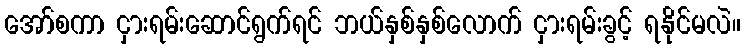
အော်စကာ ငှားရမ်းဆောင်ရွက်ရင် ဘယ်နှစ်နှစ်လောက် ငှားရမ်းခွင့် ရနိုင်မလဲ။